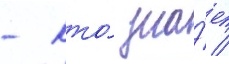
- кто́ зна́ет /